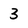
Character: 3